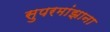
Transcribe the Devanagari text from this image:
सुपरमांझाना